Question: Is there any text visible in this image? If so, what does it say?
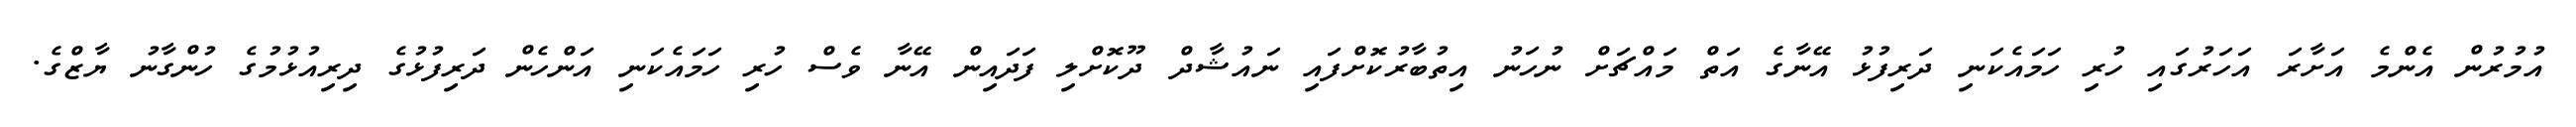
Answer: އުމުރުން އެންމެ އަށާރަ އަހަރުގައި ހުރި ހަމައެކަނި ދަރިފުޅު އޭނާގެ އަތް މައްޗަށް ނުހަނު އިތުބާރުކޮށްފައި ނައުޝާދް ދޫކޮށްލި ފަދައިން އޭނާ ވެސް ހުރި ހަމައެކަނި އަންހެން ދަރިފުޅުގެ ދިރިއުޅުމުގެ ހުންގާނު ޔާޒްގެ.